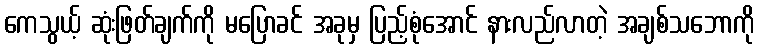
ကေသွယ့် ဆုံးဖြတ်ချက်ကို မပြောခင် အခုမှ ပြည့်စုံအောင် နားလည်လာတဲ့ အချစ်သဘောကို